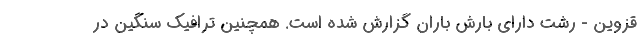
قزوین - رشت دارای بارش باران گزارش شده است. همچنین ترافیک سنگین در